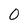
Character: 0